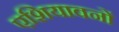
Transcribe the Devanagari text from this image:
एशियावनों